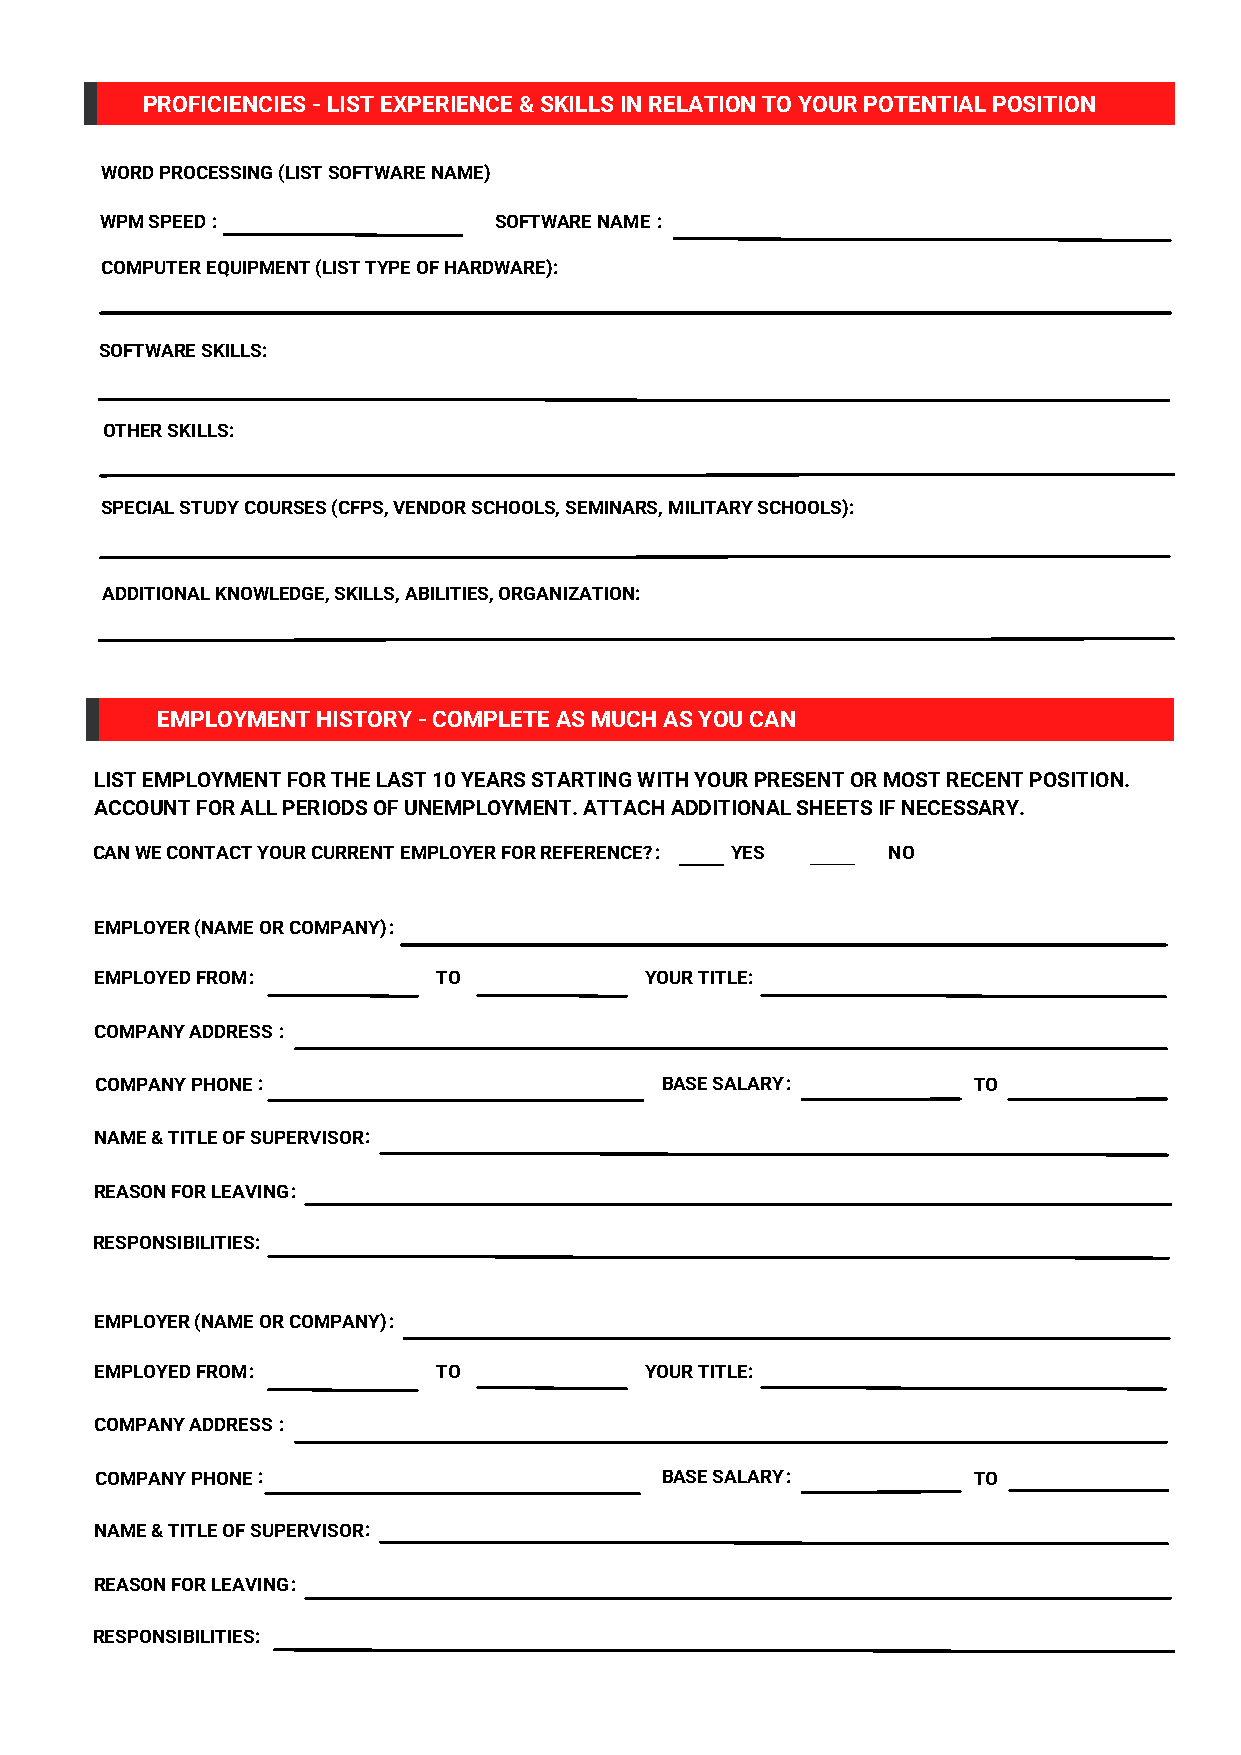
PROFICIENCIES - LIST EXPERIENCE & SKILLS IN RELATION TO YOUR POTENTIAL POSITION
 WORD PROCESSING (LIST SOFTWARE NAME)
 WPM SPEED:                SOFTWARE NAME:
 COMPUTER EQUIPMENT (LIST TYPE OF HARDWARE):
 SOFTWARE SKILLS:
 OTHER SKILLS:
 SPECIAL STUDY COURSES (CFPS, VENDOR SCHOOLS, SEMINARS, MILITARY SCHOOLS):
 ADDITIONAL KNOWLEDGE, SKILLS, ABILITIES, ORGANIZATION:
 EMPLOYMENT HISTORY - COMPLETE AS MUCH AS YOU CAN
 LIST EMPLOYMENT FOR THE LAST 10 YEARS STARTING WITH YOUR PRESENT OR MOST RECENT POSITION.
 ACCOUNT FOR ALL PERIODS OF UNEMPLOYMENT. ATTACH ADDITIONAL SHEETS IF NECESSARY.
 CAN WE CONTACT YOUR CURRENT EMPLOYER FOR REFERENCE?: YES NO
 EMPLOYER (NAME OR COMPANY):
 EMPLOYED FROM:         TO            YOUR TITLE:
 COMPANY ADDRESS:
 COMPANY PHONE:                        BASE SALARY:        TO
 NAME & TITLE OF SUPERVISOR:
 REASON FOR LEAVING:
 RESPONSIBILITIES:
 EMPLOYER (NAME OR COMPANY):
 EMPLOYED FROM:         TO            YOUR TITLE:
 COMPANY ADDRESS:
 COMPANY PHONE:                        BASE SALARY:        TO
 NAME & TITLE OF SUPERVISOR:
 REASON FOR LEAVING:
 RESPONSIBILITIES: